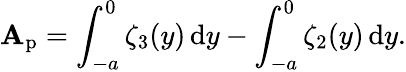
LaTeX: \mathbf{A}_{\mathrm{{p}}}=\int_{-a}^{0}\zeta_{3}(y)\, \mathrm{{d}}y-\int_{-a}^{0}\zeta_{2}(y)\, \mathrm{{d}}y.